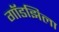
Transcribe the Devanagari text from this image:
गॉडझिला